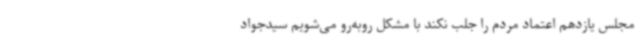
مجلس یازدهم اعتماد مردم را جلب نکند با مشکل روبه‌رو می‌شویم سیدجواد